Tartu_linnavalitsus, lk 12
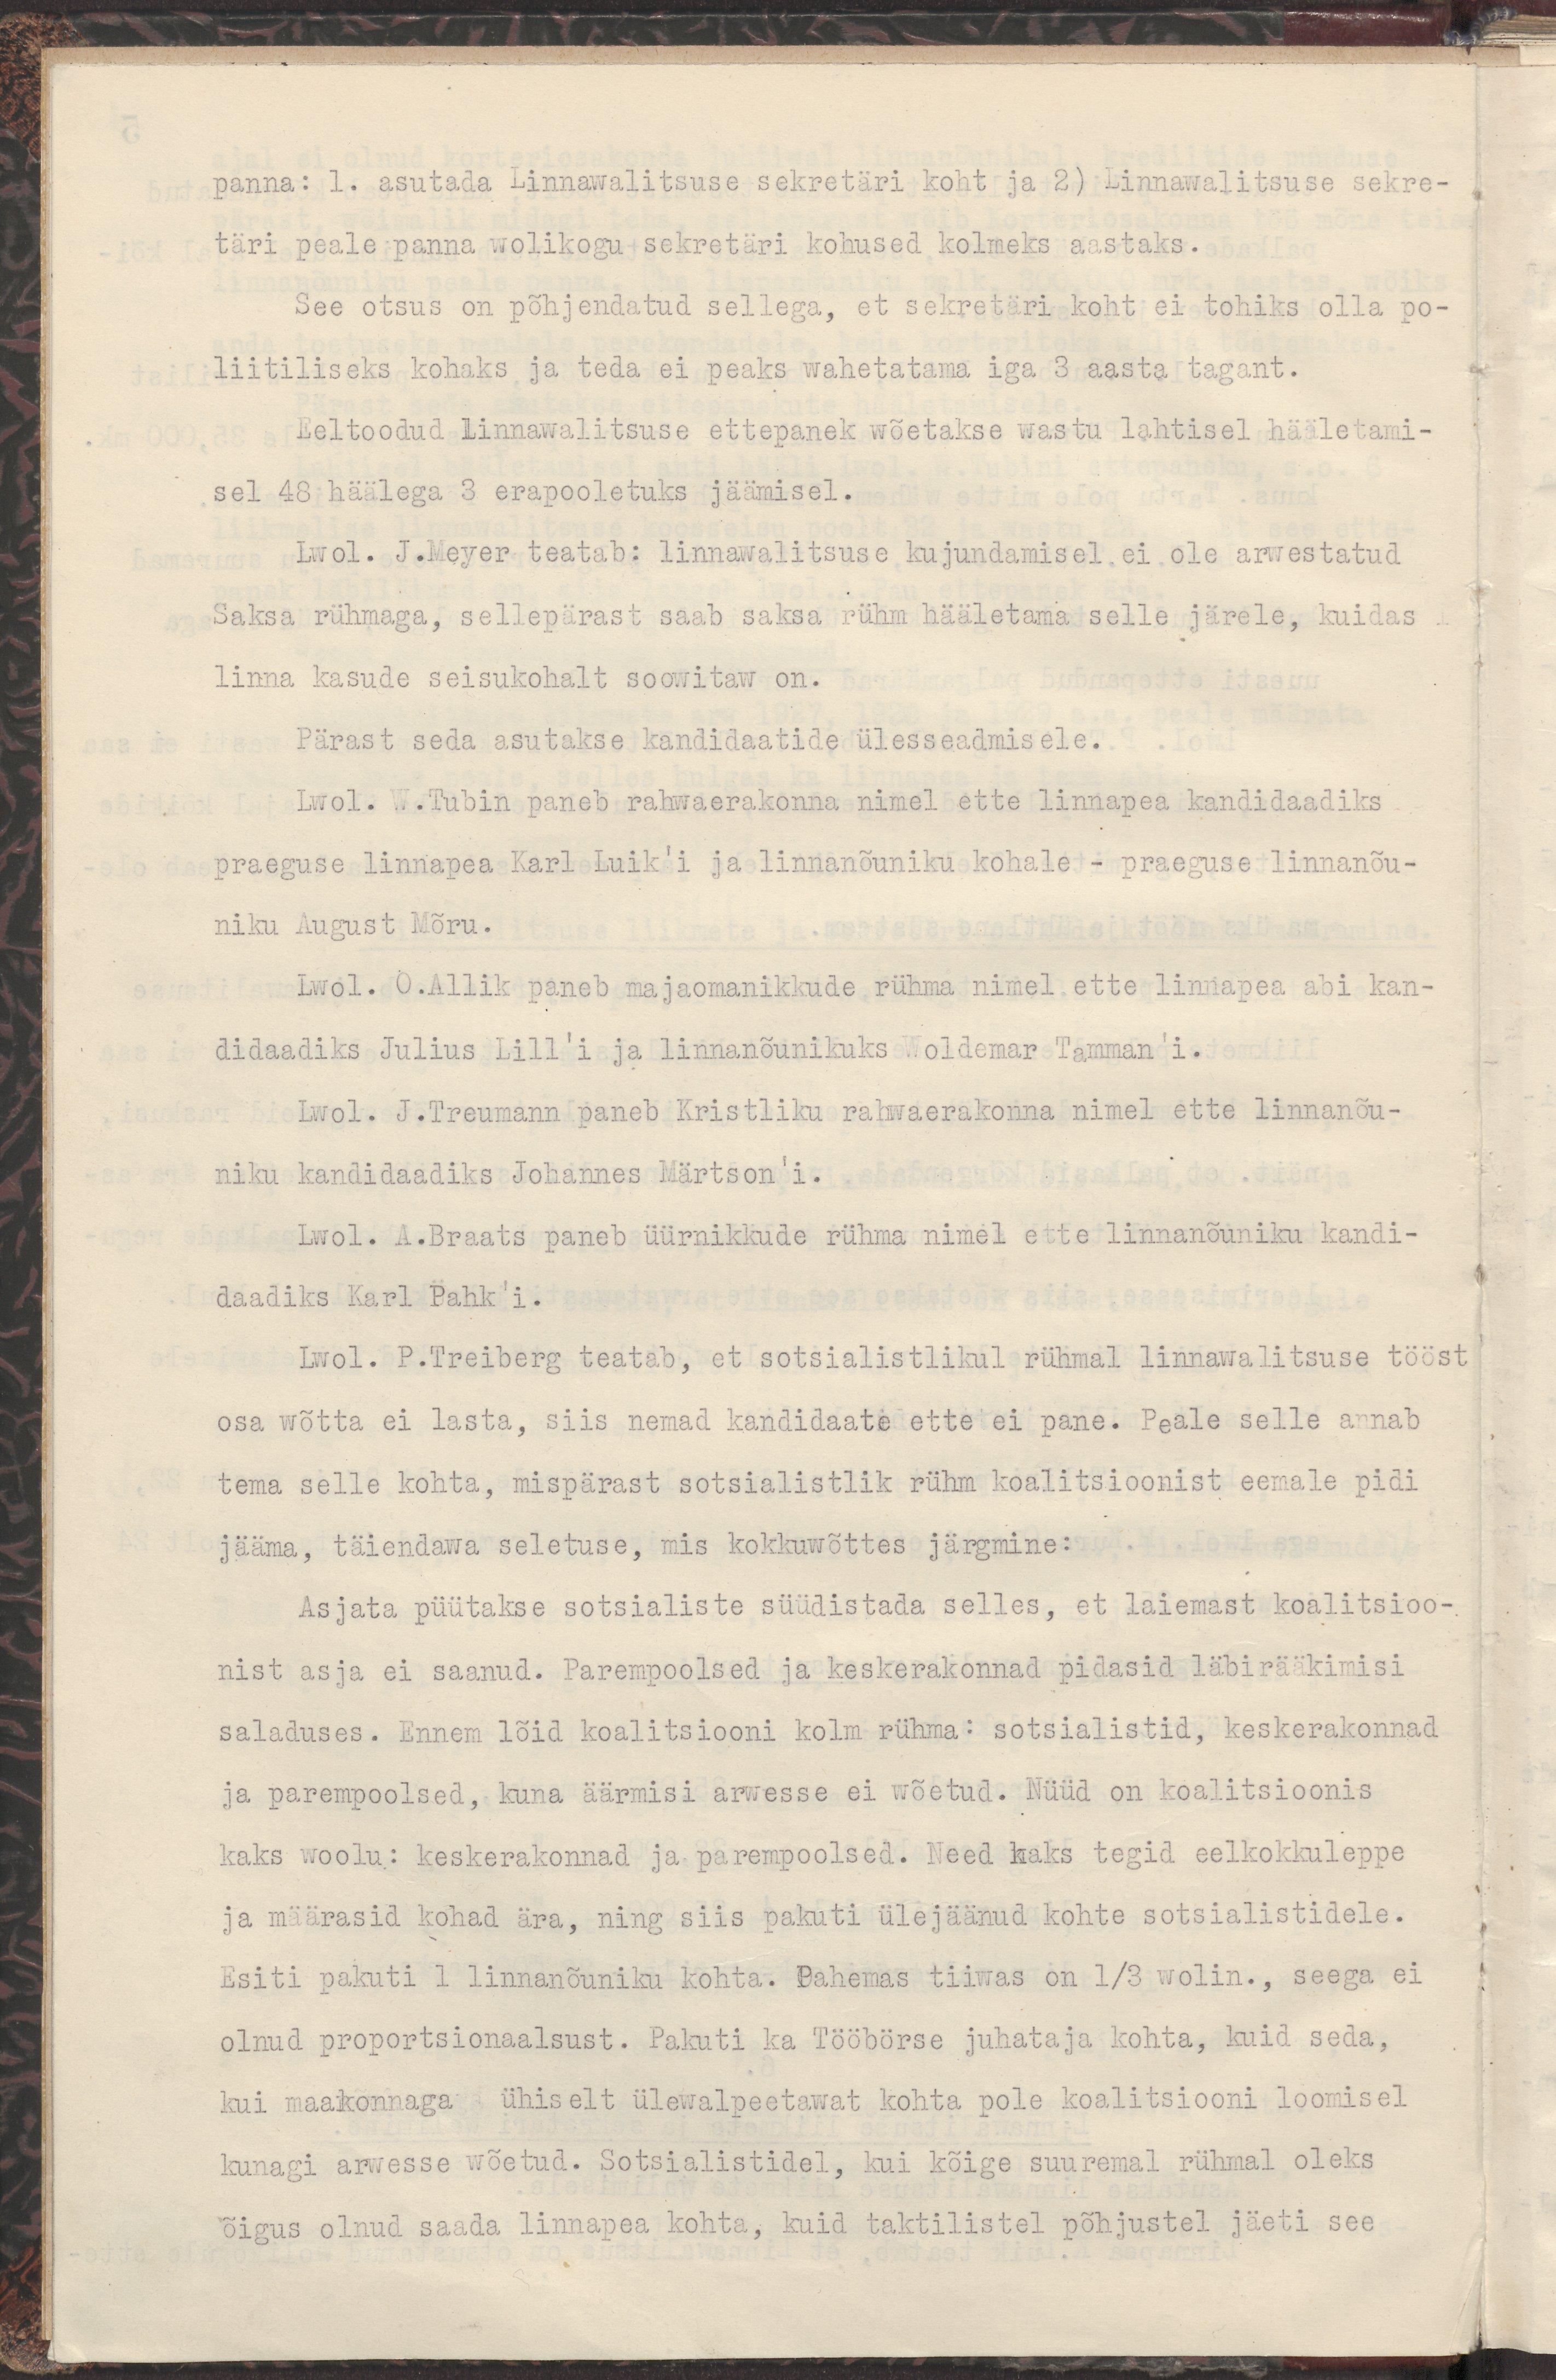
panna : 1. asutada Linnawalitsuse sekretäri koht ja 2) Linnawalitsuse sekre-
täri peale panna wolikogu sekretäri kohused kolmeks aastaks.
See otsus on põhjendatud sellega, et sekretäri koht ei tohiks olla po-
liitiliseks kohaks ja teda ei peaks wahetatama iga 3 aasta tagant.
Eeltoodud Linnawalitsuse ettepanek wõetakse wastu lahtisel hääletami-
sel 48 häälega 3 erapooletuks jäämisel.
Lwol. J.Meyer teatab: linnawalitsuse kujundamisel ei ole arwestatud
Saksa rühmaga, sellepärast saab saksa rühm hääletama selle järele, kuidas
linna kasude seisukohalt soowitaw on.
Pärast seda asutakse kandidaatide ülesseadmisele.
Lwol. W.Tubin paneb rahwaerakonna nimel ette linnapea kandidaadiks
praeguse linnapea Karl Luik'i ja linnanõuniku kohale - praeguse linnanõu-
niku August Mõru.
Lwol. O. Allik paneb majaomanikkude rühma nimel ette linnapea abi kan-
didaadiks Julius Lill'i ja linnanõunikuks Woldemar Tamman'i.
Lwol. J.Treumann paneb Kristliku rahwaerakonna nimel ette linnanõu-
niku kandidaadiks Johannes Märtson'i.
Lwol. A. Braats paneb üürnikkude rühma nimel ette linnanõuniku kandi-
daadiks Karl Pahk´i.
Lwol. P. Treiberg teatab, et sotsialistlikul rühmal linnawalitsuse tööst
osa wõtta ei lasta, siis nemad kandidaate ette ei pane. Peale selle annab
tema selle kohta, mispärast sotsialistlik rühm koalitsioonist eemale pidi
jääma, täiendawa seletuse, mis kokkuwõttes järgmine:
Asjata püütakse sotsialiste süüdistada selles, et laiemast koalitsioo+
nist asja ei saanud. Parempoolsed ja keskerakonnad pidasid läbirääkimisi 
saladuses. Ennem lõid koalitsiooni kolme rühma: sotsialistid, keskerakonnad
ja parempoolsed, kuna äärmisi arwesse ei wõetud. Nüüd on koalitsioonis 
kaks woolu: keskerakonnad ja parempoolsed. Need kaks tegid eelkokkuleppe
ja määrasid kohad ära, ning siis pakuti ülejäänud kohte sotsialistidele. 
Esiti pakuti 1 linnanõuniku kohta. Pahemas tiiwas on 1/3 wolin., seega ei 
olnud proportsionaalsust. Pakuti ka Tööbörse juhataja kohta, kuid seda, 
kui maakonnaga ühiselt ülewalpeetawat kohta pole koalitsiooni loomisel
kunagi arwesse wõetud. Sotsialistidel, kui kõige suuremal rühmal oleks
õigus olnud saada linnapea kohta, kuid taktilistel põhjustel jäeti see